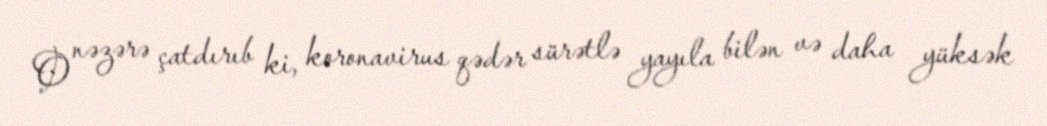
O nəzərə çatdırıb ki, koronavirus qədər sürətlə yayıla bilən və daha yüksək